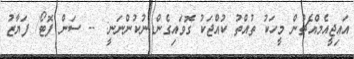
އައިޖީއެމްއެޗުން މީހަކު ތުއްތު ކުއްޖަކު ގޮވައިގެން ނުކުންނަނީ: -- ސަން ފޮޓޯ/ ފަޔާޒު